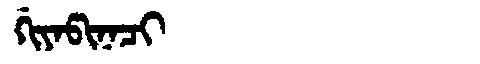
Manchu: ᡤᡳᠶᠠᡦᡳᠨᠠᠴᡳ
Romanization: GIYAPINACI